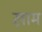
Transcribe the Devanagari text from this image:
ख़़ाम